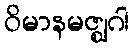
ဝိမာနမဇ္ဈဂါ